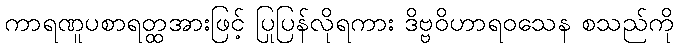
ကာရဏူပစာရတ္ထအားဖြင့် ပြုပြန်လိုရကား ဒိဗ္ဗဝိဟာရဝသေန စသည်ကို